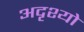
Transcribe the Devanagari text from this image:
अदृश्यो